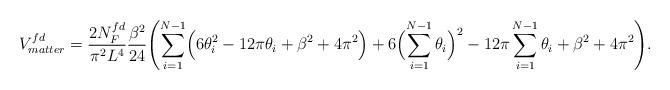
LaTeX: \begin{align*}V_{matter}^{fd}={{2N_F^{fd}}\over {\pi^2 L^4}}{\beta^2\over {24}}\Biggl(\sum_{i=1}^{N-1}\Bigl(6\theta_i^2 -12\pi\theta_i +\beta^2+4\pi^2\Bigr)+6\Bigl(\sum_{i=1}^{N-1}\theta_i\Bigr)^2-12\pi\sum_{i=1}^{N-1}\theta_i+\beta^2+4\pi^2\Biggr).\end{align*}